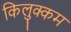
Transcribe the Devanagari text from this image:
किलुक्कम